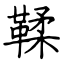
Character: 鞣